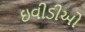
ઇવીડીઓ